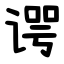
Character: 谔